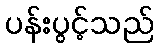
ပန်းပွင့်သည်